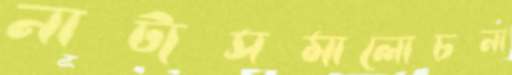
নাট্যসমালোচনা